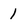
Character: I